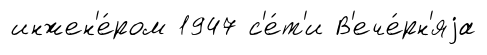
инжен'е́ром 1947 с'е́т'и В'ече́рн'яjа